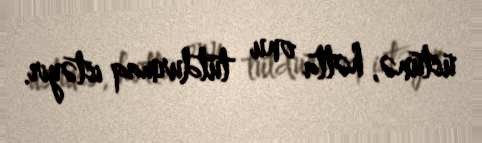
üstünə, hətta onu tutdurmaq istəyir.